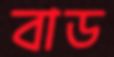
বাড